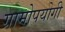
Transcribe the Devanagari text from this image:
ग्रामोपयोगी